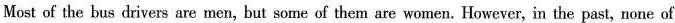
Most of the bus drivers are men, but some of them are women. However, in the past, none of